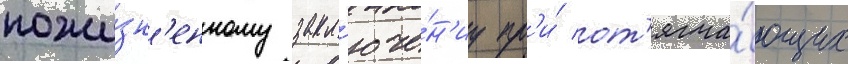
пожи́зн'енному закл'юче́н'иу пр'и́ от'ягча́ющих